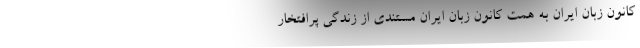
کانون زبان ایران به همت کانون زبان ایران مستندی از زندگی پرافتخار